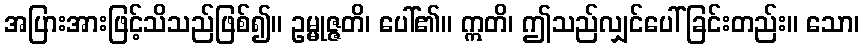
အပြားအားဖြင့်သိသည်ဖြစ်၍။ ဥမ္မုဇ္ဇတိ၊ ပေါ်၏။ ဣတိ၊ ဤသည်လျှင်ပေါ်ခြင်းတည်း။ သော၊